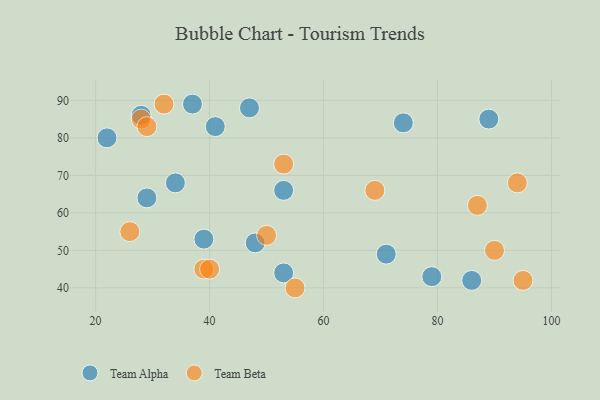
{"axis": {"x": "GDP", "y": "Life Expectancy"}, "legend": ["Team Alpha", "Team Beta"], "data": [{"x": "28", "y": 86, "type": "Team Alpha"}, {"x": "53", "y": 44, "type": "Team Alpha"}, {"x": "29", "y": 64, "type": "Team Alpha"}, {"x": "39", "y": 53, "type": "Team Alpha"}, {"x": "86", "y": 42, "type": "Team Alpha"}, {"x": "74", "y": 84, "type": "Team Alpha"}, {"x": "71", "y": 49, "type": "Team Alpha"}, {"x": "79", "y": 43, "type": "Team Alpha"}, {"x": "89", "y": 85, "type": "Team Alpha"}, {"x": "47", "y": 88, "type": "Team Alpha"}, {"x": "22", "y": 80, "type": "Team Alpha"}, {"x": "34", "y": 68, "type": "Team Alpha"}, {"x": "37", "y": 89, "type": "Team Alpha"}, {"x": "53", "y": 66, "type": "Team Alpha"}, {"x": "41", "y": 83, "type": "Team Alpha"}, {"x": "48", "y": 52, "type": "Team Alpha"}, {"x": "26", "y": 55, "type": "Team Beta"}, {"x": "28", "y": 85, "type": "Team Beta"}, {"x": "69", "y": 66, "type": "Team Beta"}, {"x": "32", "y": 89, "type": "Team Beta"}, {"x": "95", "y": 42, "type": "Team Beta"}, {"x": "39", "y": 45, "type": "Team Beta"}, {"x": "53", "y": 73, "type": "Team Beta"}, {"x": "55", "y": 40, "type": "Team Beta"}, {"x": "50", "y": 54, "type": "Team Beta"}, {"x": "90", "y": 50, "type": "Team Beta"}, {"x": "94", "y": 68, "type": "Team Beta"}, {"x": "29", "y": 83, "type": "Team Beta"}, {"x": "40", "y": 45, "type": "Team Beta"}, {"x": "87", "y": 62, "type": "Team Beta"}]}